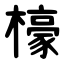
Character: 檺